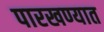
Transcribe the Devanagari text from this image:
पारखण्यात